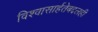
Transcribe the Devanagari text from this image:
विश्‍वासार्हतेबद्दलही